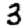
Digit: 3